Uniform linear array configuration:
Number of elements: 32
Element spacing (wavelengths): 0.75
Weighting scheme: blackman
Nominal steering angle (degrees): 30
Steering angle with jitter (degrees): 29.516
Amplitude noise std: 0.05
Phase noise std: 0.05

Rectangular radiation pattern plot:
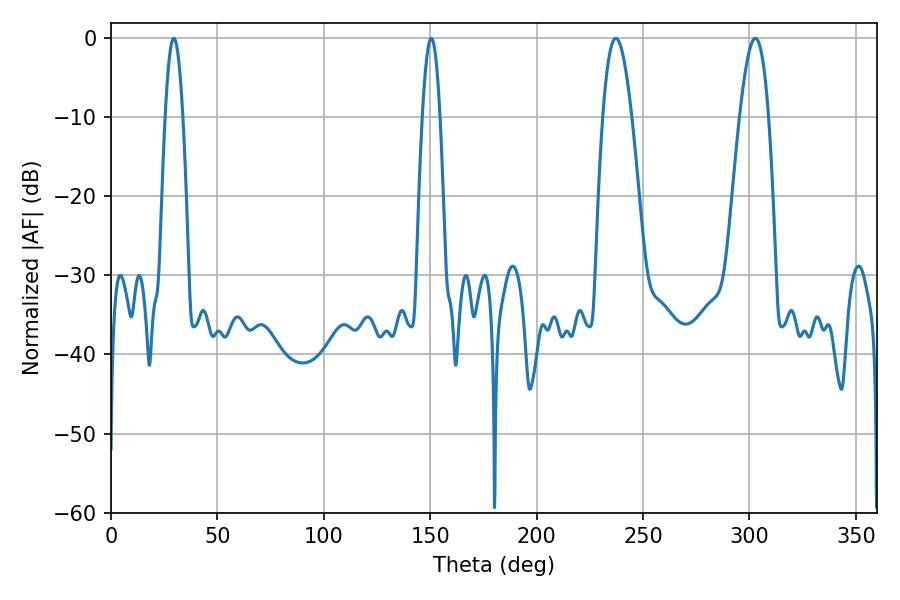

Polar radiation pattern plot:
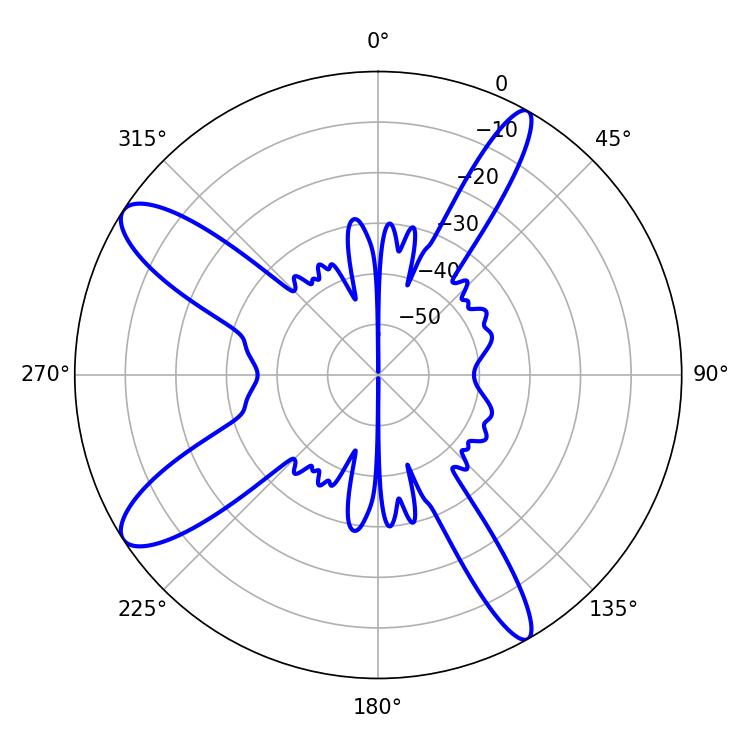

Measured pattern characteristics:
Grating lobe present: TRUE
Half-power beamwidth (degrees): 4.5
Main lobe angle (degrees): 150.48